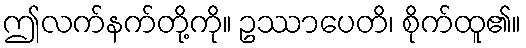
ဤလက်နက်တို့ကို။ ဥဿာပေတိ၊ စိုက်ထူ၏။